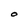
Character: O